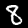
Digit: 8